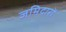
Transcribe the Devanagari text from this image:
जमिदारों